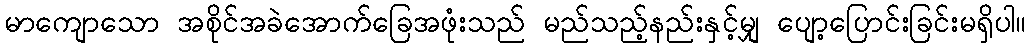
မာကျောသော အစိုင်အခဲအောက်ခြေအဖုံးသည် မည်သည့်နည်းနှင့်မျှ ပျော့ပြောင်းခြင်းမရှိပါ။